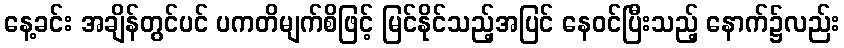
နေ့ခင်း အချိန်တွင်ပင် ပကတိမျက်စိဖြင့် မြင်နိုင်သည့်အပြင် နေဝင်ပြီးသည့် နောက်၌လည်း